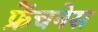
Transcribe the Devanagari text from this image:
फ्रेंचनेस